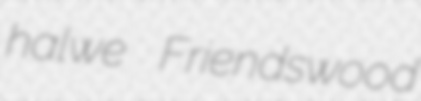
halwe Friendswood